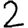
Digit: 2